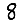
Digit: 8